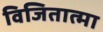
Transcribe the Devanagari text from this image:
विजितात्मा